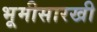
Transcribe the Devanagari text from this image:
भूमीसारखी